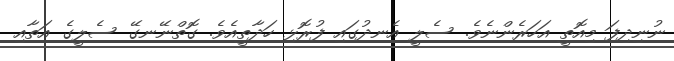
ނުނިދިފަ މިއޮތީ އަހަރެންނެވެ. ސެލީ އެނދުގައި ފުރޮޅި ހަދާތީއެވެ. ގޮތްނޭނގޭ ސެލީގެ އަތާއި